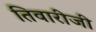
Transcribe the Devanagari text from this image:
तिवारीजी